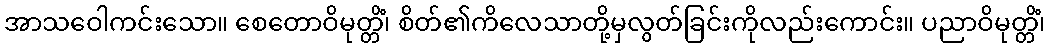
အာသဝေါကင်းသော။ စေတောဝိမုတ္တိံ၊ စိတ်၏ကိလေသာတို့မှလွတ်ခြင်းကိုလည်းကောင်း။ ပညာဝိမုတ္တိံ၊